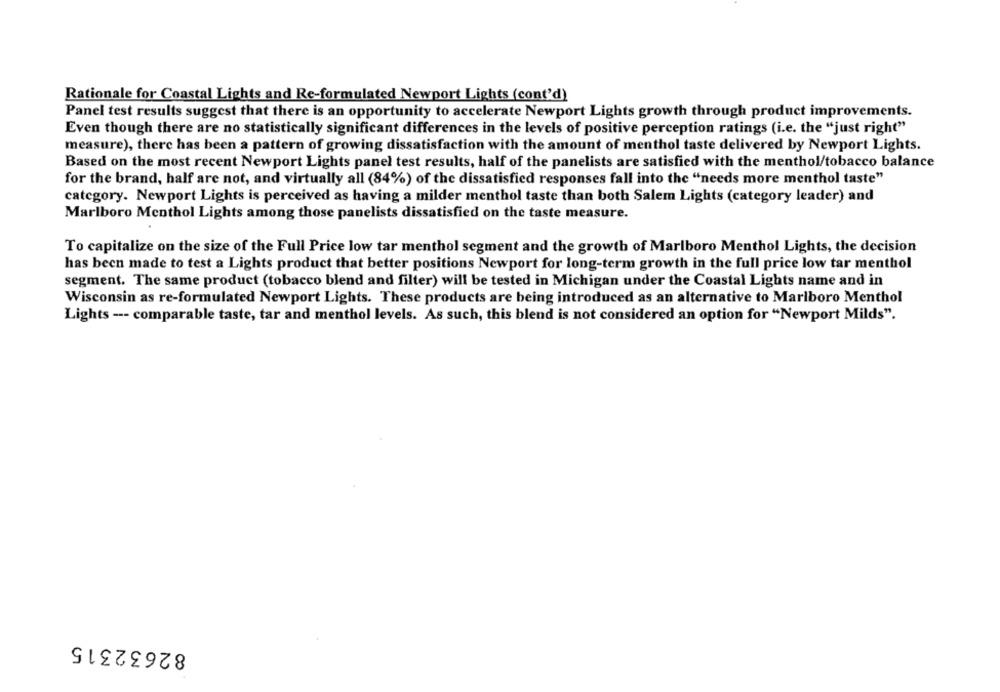
Rationale for Coastal Lights and Re-formulated Newport Lights (cont'd)
Panel test results suggest that there is an opportunity to accelerate Newport Lights growth through product improvements.
Even though there are no statistically significant differences in the levels of positive perception ratings (i.e. the "just right"
measure), there has been a pattern of growing dissatisfaction with the amount of menthol taste delivered by Newport Lights.
Based on the most recent Newport Lights panel test results, half of the panelists are satisfied with the menthol/tobacco balance
for the brand, half are not, and virtually all (84%) of the dissatisfied responses fall into the "needs more menthol taste"
category. Newport Lights is perceived as having a milder menthol taste than both Salem Lights (category leader) and
Marlboro Menthol Lights among those panelists dissatisfied on the taste measure.
To capitalize on the size of the Full Price low tar menthol segment and the growth of Marlboro Menthol Lights, the decision
has been made to test a Lights product that better positions Newport for long-term growth in the full price low tar menthol
segment. The same product (tobacco blend and filter) will be tested in Michigan under the Coastal Lights name and in
Wisconsin as re-formulated Newport Lights. These products are being introduced as an alternative to Marlboro Menthol
Lights --- comparable taste, tar and menthol levels. As such, this blend is not considered an option for "Newport Milds".
82632315